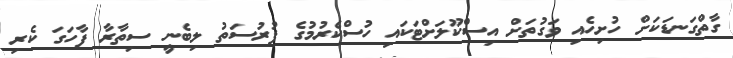
ގާތްގަނޑަކަށް ހުށިހެއި ވަގުތަށް އިސްކޫލަށްޓަކައި ހުސްކެރުމުގެ ފުރުސަތު ލިބެނީ ސިތާރާ ފާހަގަ ކެރި